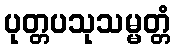
ပုတ္တပသုသမ္မတ္တံ